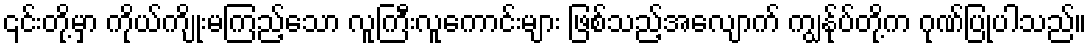
၎င်းတို့မှာ ကိုယ်ကျိုးမကြည့်သော လူကြီးလူကောင်းများ ဖြစ်သည့်အလျောက် ကျွန်ုပ်တို့က ဂုဏ်ပြုပါသည်။